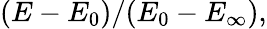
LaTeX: (E-E_{0})/(E_{0}-E_{\infty}),